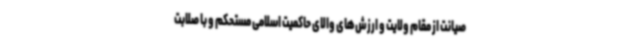
صیانت از مقام ولایت و ارزش‌های والای حاکمیت اسلامی مستحکم و با صلابت